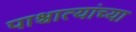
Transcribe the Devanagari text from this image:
पाश्चात्यांच्या